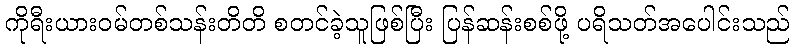
ကိုရီးယားဝမ်တစ်သန်းတိတိ စတင်ခဲ့သူဖြစ်ပြီး ပြန်ဆန်းစစ်ဖို့ ပရိသတ်အပေါင်းသည်